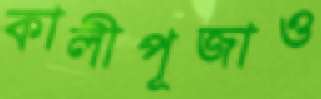
কালীপূজাও